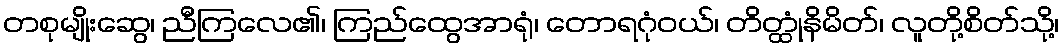
တစုမျိုးဆွေ၊ ညီကြလေ၏၊ ကြည်ထွေအာရုံ၊ တောရဂုံဝယ်၊ တိတ္ထုံနိမိတ်၊ လူတို့စိတ်သို့၊